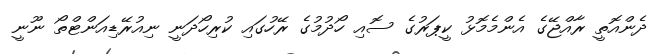
ދެންއޮތީ ރާއްޖޭގެ އެންމެމޮޅު ކީޕަރުގެ ސޮއި ހޯދުމުގެ ރޭހުގައި ކުރިހޯދަނީ ނިއުރޭޑިއަންޓްތޯ ނޫނީ